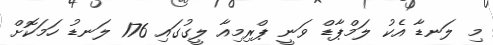
މި ލަނޑާ އެކު ލަމްޕާޑް ވަނީ ޕްރިމިއާ ލީގުގައި 176 ލަނޑު ހަމަކޮށް